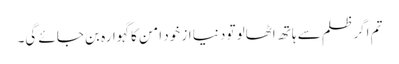
تم اگر ظلم سے ہاتھ اٹھالو تو دنیا از خود امن کا گہوارہ بن جائے گی۔